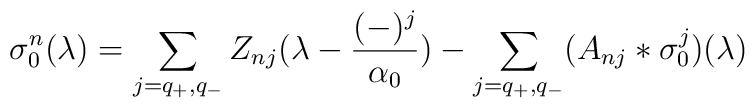
\sigma_{0}^{n}(\lambda) = \sum_{j= q_{+}, q_{-}}Z_{nj}(\lambda-{(-)^{j} \over \alpha_{0}}) - \sum_{ j= q_{+},q_{-}} (A_{nj}*\sigma_{0}^{j})(\lambda)